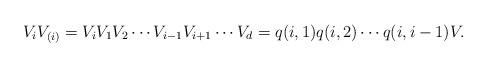
LaTeX: \begin{align*}V_iV_{(i)}=V_iV_1V_2\cdots V_{i-1}V_{i+1}\cdots V_d=q(i,1)q(i,2)\cdots q(i,i-1) V.\end{align*}